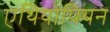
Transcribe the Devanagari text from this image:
एथियोपियन